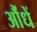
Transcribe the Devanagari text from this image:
औंधें